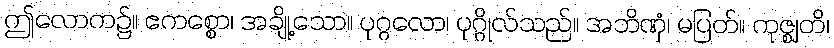
ဤလောက၌။ ဧကစ္စော၊ အချို့သော။ ပုဂ္ဂလော၊ ပုဂ္ဂိုလ်သည်။ အဘိဏှံ၊ မပြတ်။ ကုဇ္ဈတိ၊